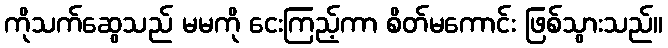
ကိုသက်ဆွေသည် မမကို ငေးကြည့်ကာ စိတ်မကောင်း ဖြစ်သွားသည်။